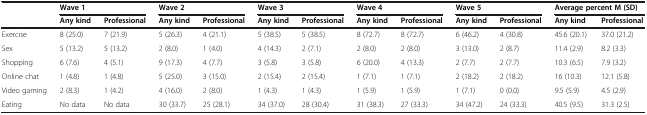
<table><thead><tr><td rowspan="2"></td><td colspan="2"><b>Wave 1</b></td><td colspan="2"><b>Wave 2</b></td><td colspan="2"><b>Wave 3</b></td><td colspan="2"><b>Wave 4</b></td><td colspan="2"><b>Wave 5</b></td><td colspan="2"><b>Average percent M (SD)</b></td></tr><tr><td><b>Any kind</b></td><td><b>Professional</b></td><td><b>Any kind</b></td><td><b>Professional</b></td><td><b>Any kind</b></td><td><b>Professional</b></td><td><b>Any kind</b></td><td><b>Professional</b></td><td><b>Any kind</b></td><td><b>Professional</b></td><td><b>Any kind</b></td><td><b>Professional</b></td></tr></thead><tbody><tr><td>Exercise</td><td>8 (25.0)</td><td>7 (21.9)</td><td>5 (26.3)</td><td>4 (21.1)</td><td>5 (38.5)</td><td>5 (38.5)</td><td>8 (72.7)</td><td>8 (72.7)</td><td>6 (46.2)</td><td>4 (30.8)</td><td>45.6 (20.1)</td><td>37.0 (21.2)</td></tr><tr><td>Sex</td><td>5 (13.2)</td><td>5 (13.2)</td><td>2 (8.0)</td><td>1 (4.0)</td><td>4 (14.3)</td><td>2 (7.1)</td><td>2 (8.0)</td><td>2 (8.0)</td><td>3 (13.0)</td><td>2 (8.7)</td><td>11.4 (2.9)</td><td>8.2 (3.3)</td></tr><tr><td>Shopping</td><td>6 (7.6)</td><td>4 (5.1)</td><td>9 (17.3)</td><td>4 (7.7)</td><td>3 (5.8)</td><td>3 (5.8)</td><td>6 (20.0)</td><td>4 (13.3)</td><td>2 (7.7)</td><td>2 (7.7)</td><td>10.3 (6.5)</td><td>7.9 (3.2)</td></tr><tr><td>Online chat</td><td>1 (4.8)</td><td>1 (4.8)</td><td>5 (25.0)</td><td>3 (15.0)</td><td>2 (15.4)</td><td>2 (15.4)</td><td>1 (7.1)</td><td>1 (7.1)</td><td>2 (18.2)</td><td>2 (18.2)</td><td>16 (10.3)</td><td>12.1 (5.8)</td></tr><tr><td>Video gaming</td><td>2 (8.3)</td><td>1 (4.2)</td><td>4 (16.0)</td><td>2 (8.0)</td><td>1 (4.3)</td><td>1 (4.3)</td><td>1 (5.9)</td><td>1 (5.9)</td><td>1 (7.1)</td><td>0 (0.0)</td><td>9.5 (5.9)</td><td>4.5 (2.9)</td></tr><tr><td>Eating</td><td>No data</td><td>No data</td><td>30 (33.7)</td><td>25 (28.1)</td><td>34 (37.0)</td><td>28 (30.4)</td><td>31 (38.3)</td><td>27 (33.3)</td><td>34 (47.2)</td><td>24 (33.3)</td><td>40.5 (9.5)</td><td>31.3 (2.5)</td></tr></tbody></table>